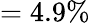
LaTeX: =4.9\%